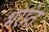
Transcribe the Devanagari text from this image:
भरांत